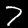
Label: 7